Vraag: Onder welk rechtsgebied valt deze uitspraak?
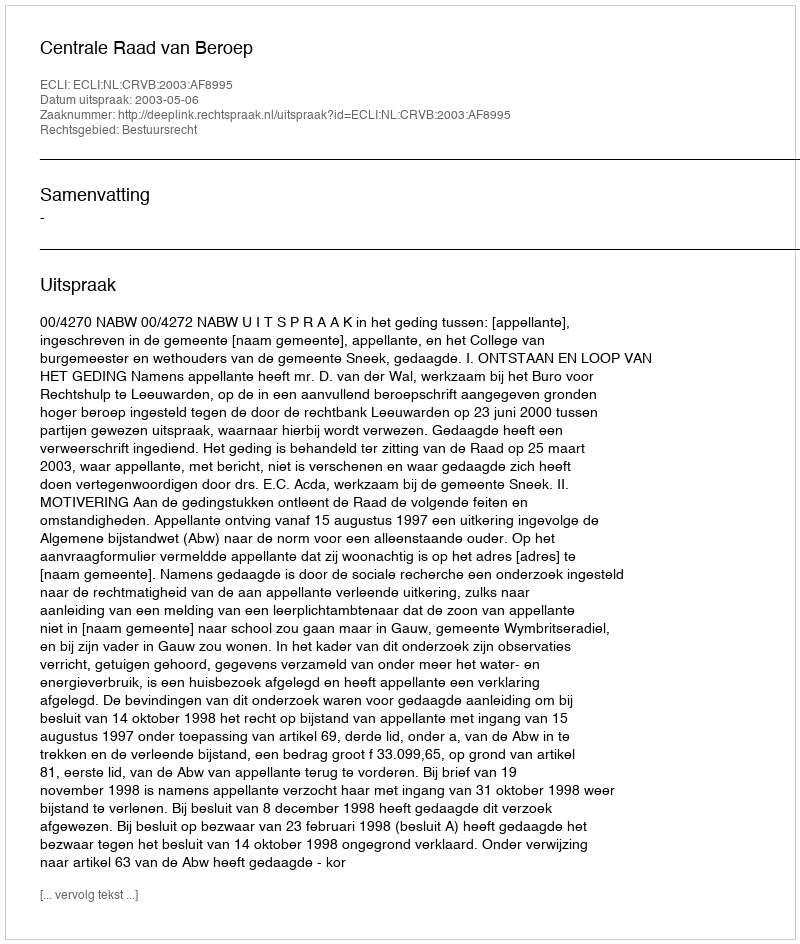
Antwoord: Bestuursrecht